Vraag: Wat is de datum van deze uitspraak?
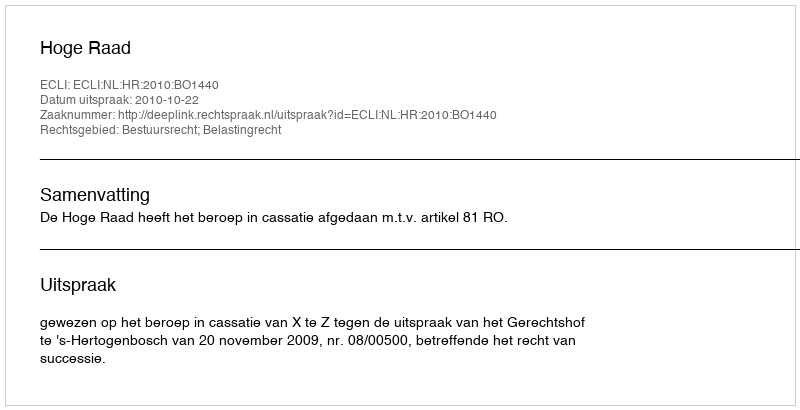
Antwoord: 2010-10-22